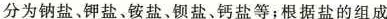
分为钠盐、钾盐、铵盐、钡盐、钙盐等；根据盐的组成